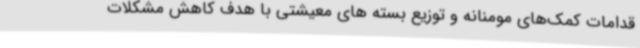
قدامات کمک‌های مومنانه و توزیع بسته های معیشتی با هدف کاهش مشکلات